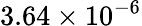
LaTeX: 3.64\times 10^{-6}